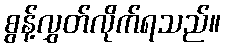
စွန့်လွှတ်လိုက်ရသည်။